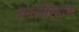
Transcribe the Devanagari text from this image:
नगरनिर्माण